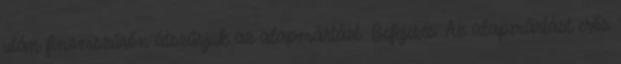
után finomszűrőn átszűrjük az alapmártást. Befejezés: Az alapmártást erős